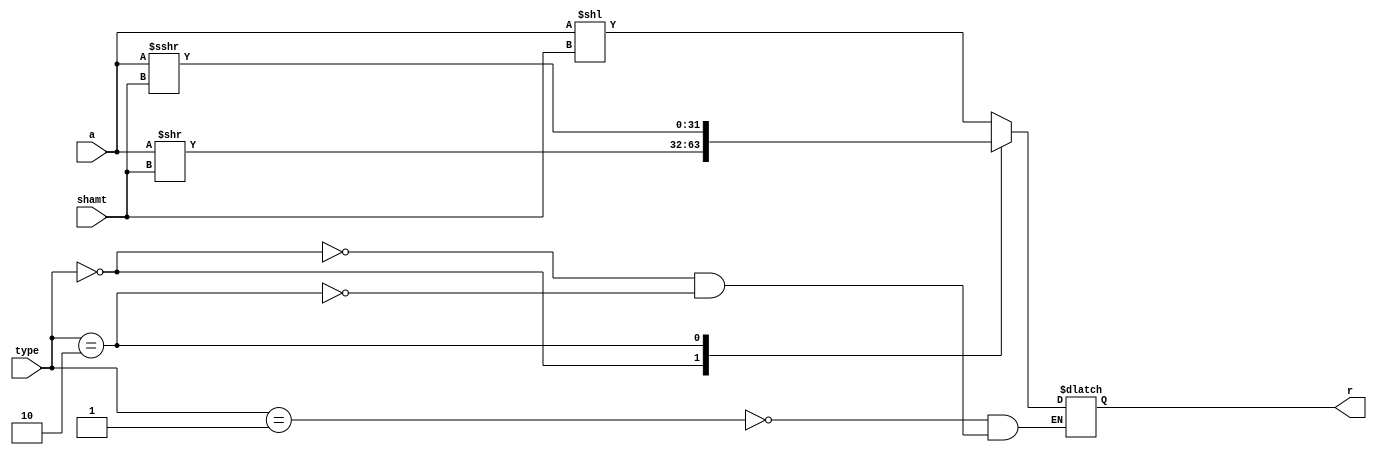
module shifter (input [31:0] a, input [4:0] shamt, input  [1:0] type, output reg [31:0] r);
always@(*)
begin
case (type)
2'b01: r = a<<shamt;  //sll
2'b00: r = a>>shamt; //srl
2'b10: r = $signed(a)>>>shamt; //sra
endcase
end
endmodule